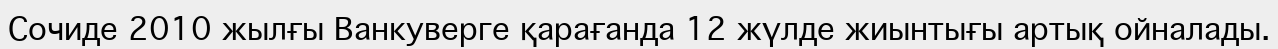
Сочиде 2010 жылғы Ванкуверге қарағанда 12 жүлде жиынтығы артық ойналады.